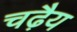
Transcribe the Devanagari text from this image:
चढ़ैय